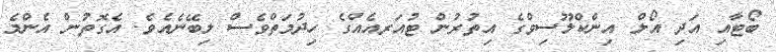
ބޯޓާއި އަދި އޯލް އިންކްލޫސިވްގެ އިތުރުން ޓުއަރއެއްގެ ހިދުމަތްވެސް ލިބޭނެއެވެ. އެގޮތުން އެންމެ